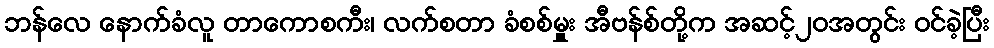
ဘန်လေ နောက်ခံလူ တာကောစကီး၊ လက်စတာ ခံစစ်မှူး အီဗန်စ်တို့က အဆင့်၂၀အတွင်း ဝင်ခဲ့ပြီး